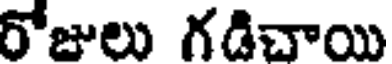
రోజులు గడిచాయి